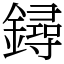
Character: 鐞